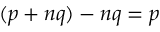
( p + n q ) - n q = p